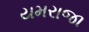
યમરાજા